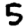
Digit: 5